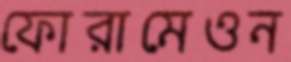
ফোরামেওন